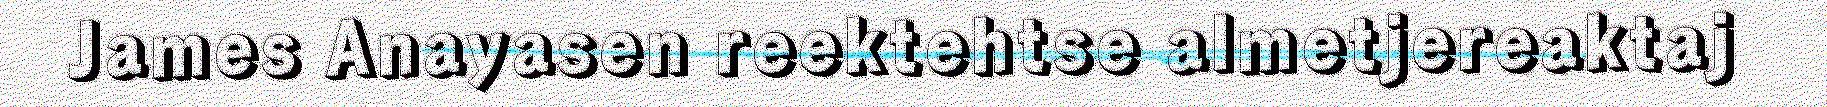
James Anayasen reektehtse almetjereaktaj